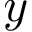
y